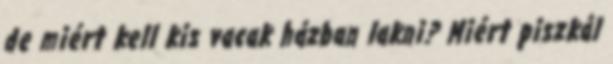
de miért kell kis vacak házban lakni? Miért piszkál